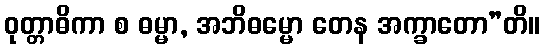
ဝုတ္တာဓိကာ စ ဓမ္မာ, အဘိဓမ္မော တေန အက္ခာတော”တိ။